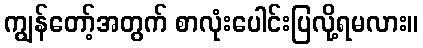
ကျွန်တော့်အတွက် စာလုံးပေါင်းပြလို့ရမလား။